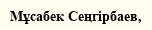
Мұсабек Сеңгірбаев,